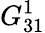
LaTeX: G_{31}^{1}